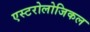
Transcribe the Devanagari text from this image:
एस्टरोलोजिकल